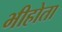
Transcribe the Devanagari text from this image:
भीहोता